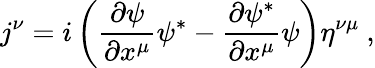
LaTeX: j^{\nu}=i\left({\frac{\partial\psi}{\partial x^{\mu}}}\psi^{*}-{\frac{\partial\psi^{*}}{\partial x^{\mu}}}\psi\right)\eta^{\nu\mu}~,